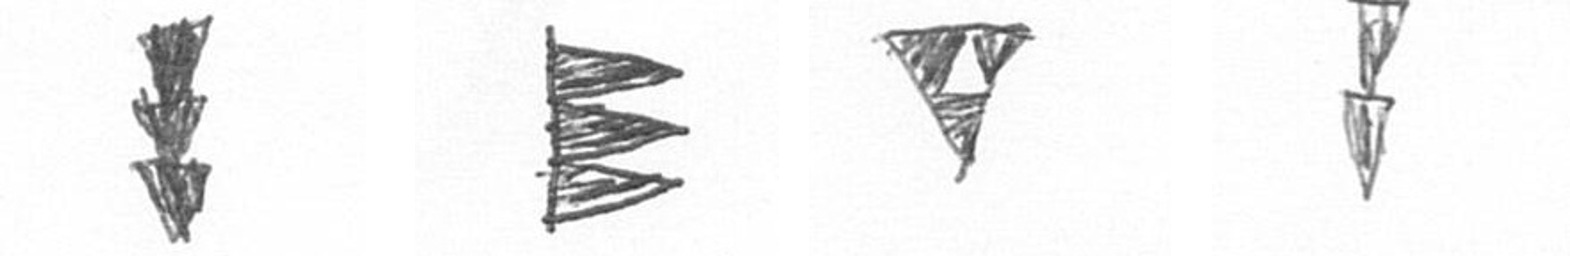
E H S Z